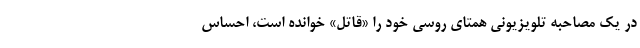
در یک مصاحبه تلویزیونی همتای روسی خود را «قاتل» خوانده است، احساس